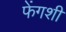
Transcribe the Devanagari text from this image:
फेंगशी